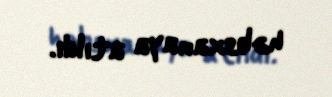
həbsxanaya atıldı.